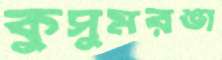
কুসুমরঙা